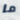
ما